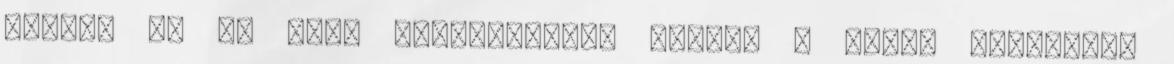
vagyis az õt védõ magzatmázat, aminek a nyoma Verácskán